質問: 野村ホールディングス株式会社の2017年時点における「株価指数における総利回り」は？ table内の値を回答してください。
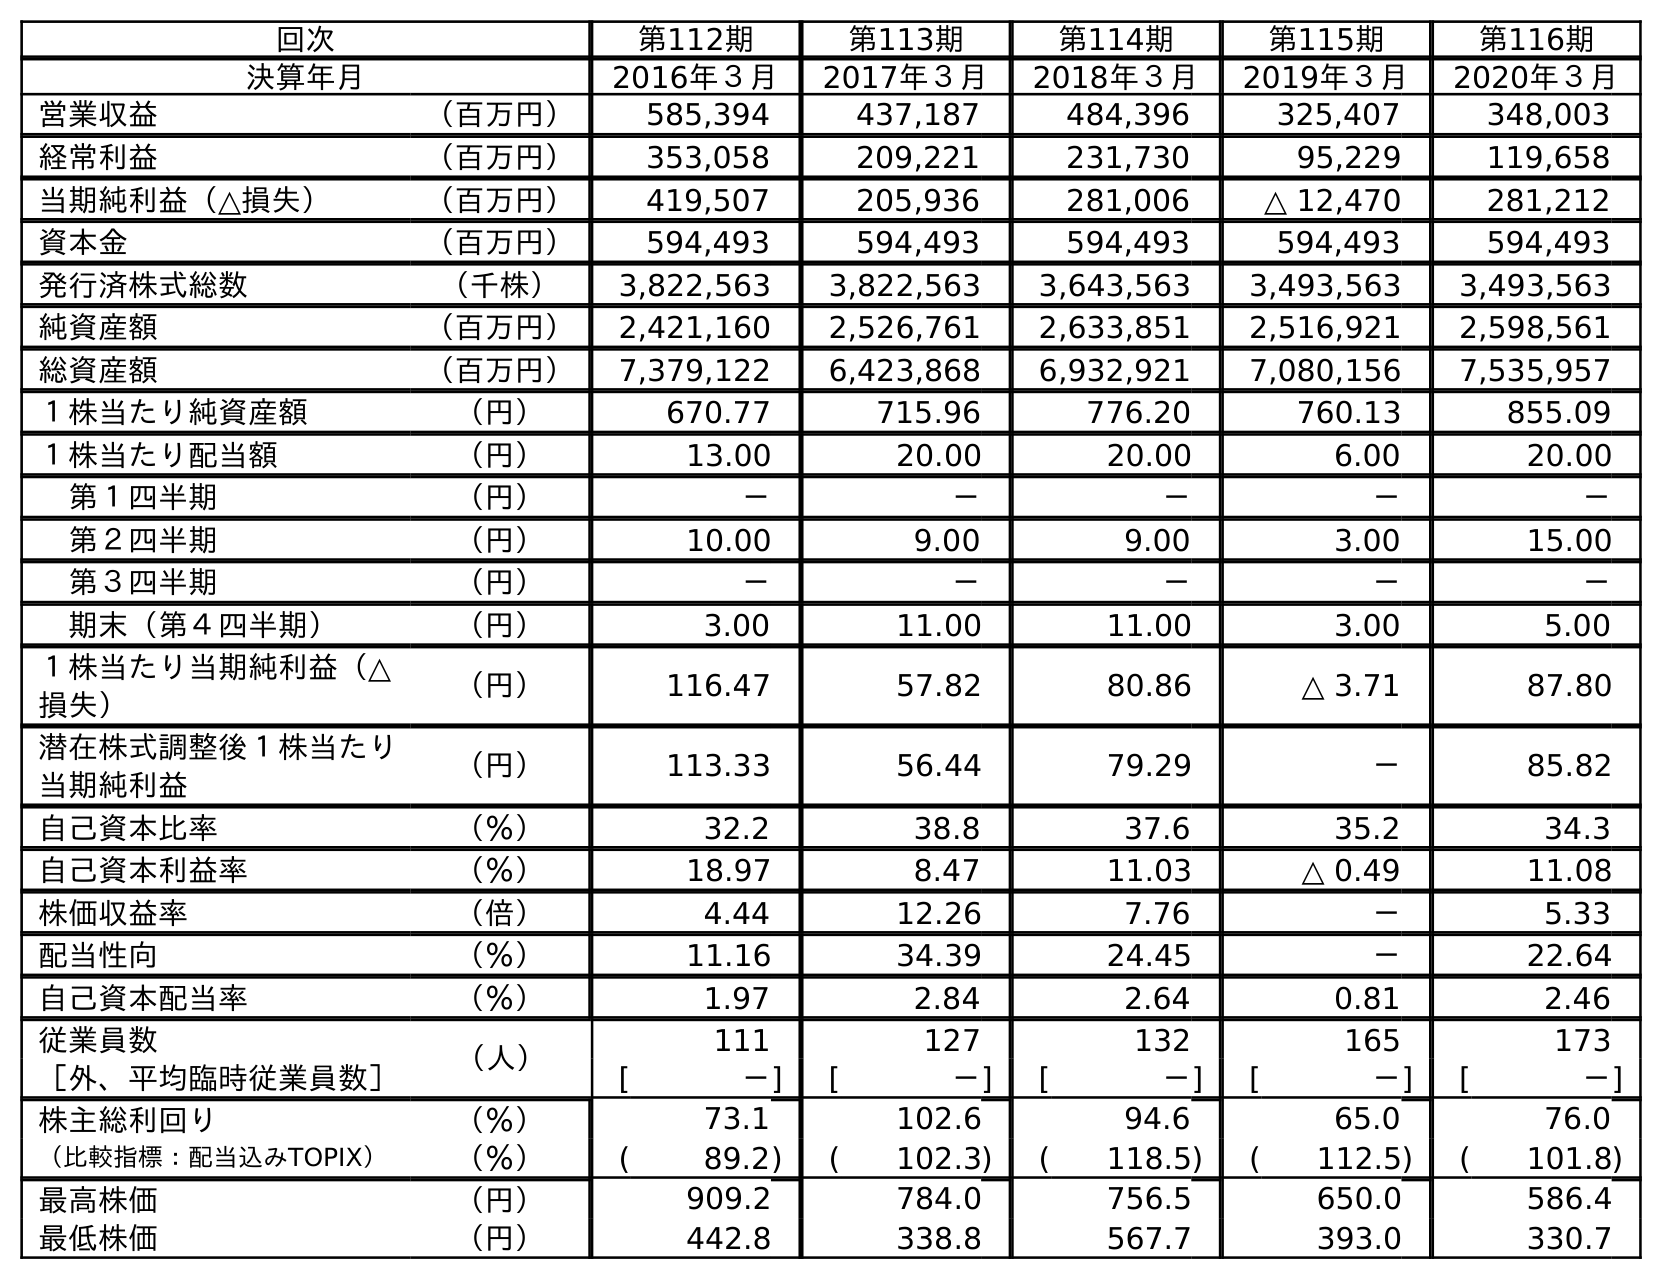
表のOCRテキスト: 回次 第112期 第113期 第114期 第115期 第116期 決算年月 2016年３月 2017年３月 2018年３月 2019年３月 2020年３月 営業収益 （百万円） 585,394 437,187 484,396 325,407 348,003 経常利益 （百万円） 353,058 209,221 231,730 95,229 119,658 当期純利益（△損失） （百万円） 419,507 205,936 281,006 △ 12,470 281,212 資本金 （百万円） 594,493 594,493 594,493 594,493 594,493 発行済株式総数 （千株） 3,822,563 3,822,563 3,643,563 3,493,563 3,493,563 純資産額 （百万円） 2,421,160 2,526,761 2,633,851 2,516,921 2,598,561 総資産額 （百万円） 7,379,122 6,423,868 6,932,921 7,080,156 7,535,957 １株当たり純資産額 （円） 670.77 715.96 776.20 760.13 855.09 １株当たり配当額 （円） 13.00 20.00 20.00 6.00 20.00 第１四半期 （円） － － － － － 第２四半期 （円） 10.00 9.00 9.00 3.00 15.00 第３四半期 （円） － － － － － 期末（第４四半期） （円） 3.00 11.00 11.00 3.00 5.00 １株当たり当期純利益（△ 損失） （円） 116.47 57.82 80.86 △ 3.71 87.80 潜在株式調整後１株当たり 当期純利益 （円） 113.33 56.44 79.29 － 85.82 自己資本比率 （％） 32.2 38.8 37.6 35.2 34.3 自己資本利益率 （％） 18.97 8.47 11.03 △ 0.49 11.08 株価収益率 （倍） 4.44 12.26 7.76 － 5.33 配当性向 （％） 11.16 34.39 24.45 － 22.64 自己資本配当率 （％） 1.97 2.84 2.64 0.81 2.46 従業員数 （人） 111 127 132 165 173 ［外、平均臨時従業員数］ [ －] [ －] [ －] [ －] [ －] 株主総利回り （％） 73.1 102.6 94.6 65.0 76.0 （比較指標：配当込みTOPIX） （％） ( 89.2) ( 102.3) ( 118.5) ( 112.5) ( 101.8) 最高株価 （円） 909.2 784.0 756.5 650.0 586.4 最低株価 （円） 442.8 338.8 567.7 393.0 330.7
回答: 102.3